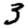
Digit: 3